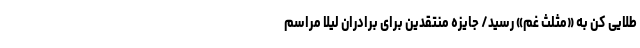
طلایی کن به «مثلث غم» رسید/ جایزه منتقدین برای برادران لیلا مراسم